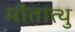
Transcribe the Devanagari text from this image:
मौतात्थु